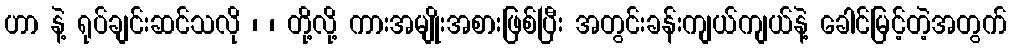
ဟာ နဲ့ ရုပ်ချင်းဆင်သလို ၊ ၊ တို့လို့ ကားအမျိုးအစားဖြစ်ပြီး အတွင်းခန်းကျယ်ကျယ်နဲ့ ခေါင်မြင့်တဲ့အတွက်